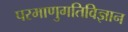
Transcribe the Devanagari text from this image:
परमाणुगतिविज्ञान